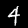
Digit: 4